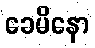
ခေမိနော